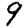
Digit: 9